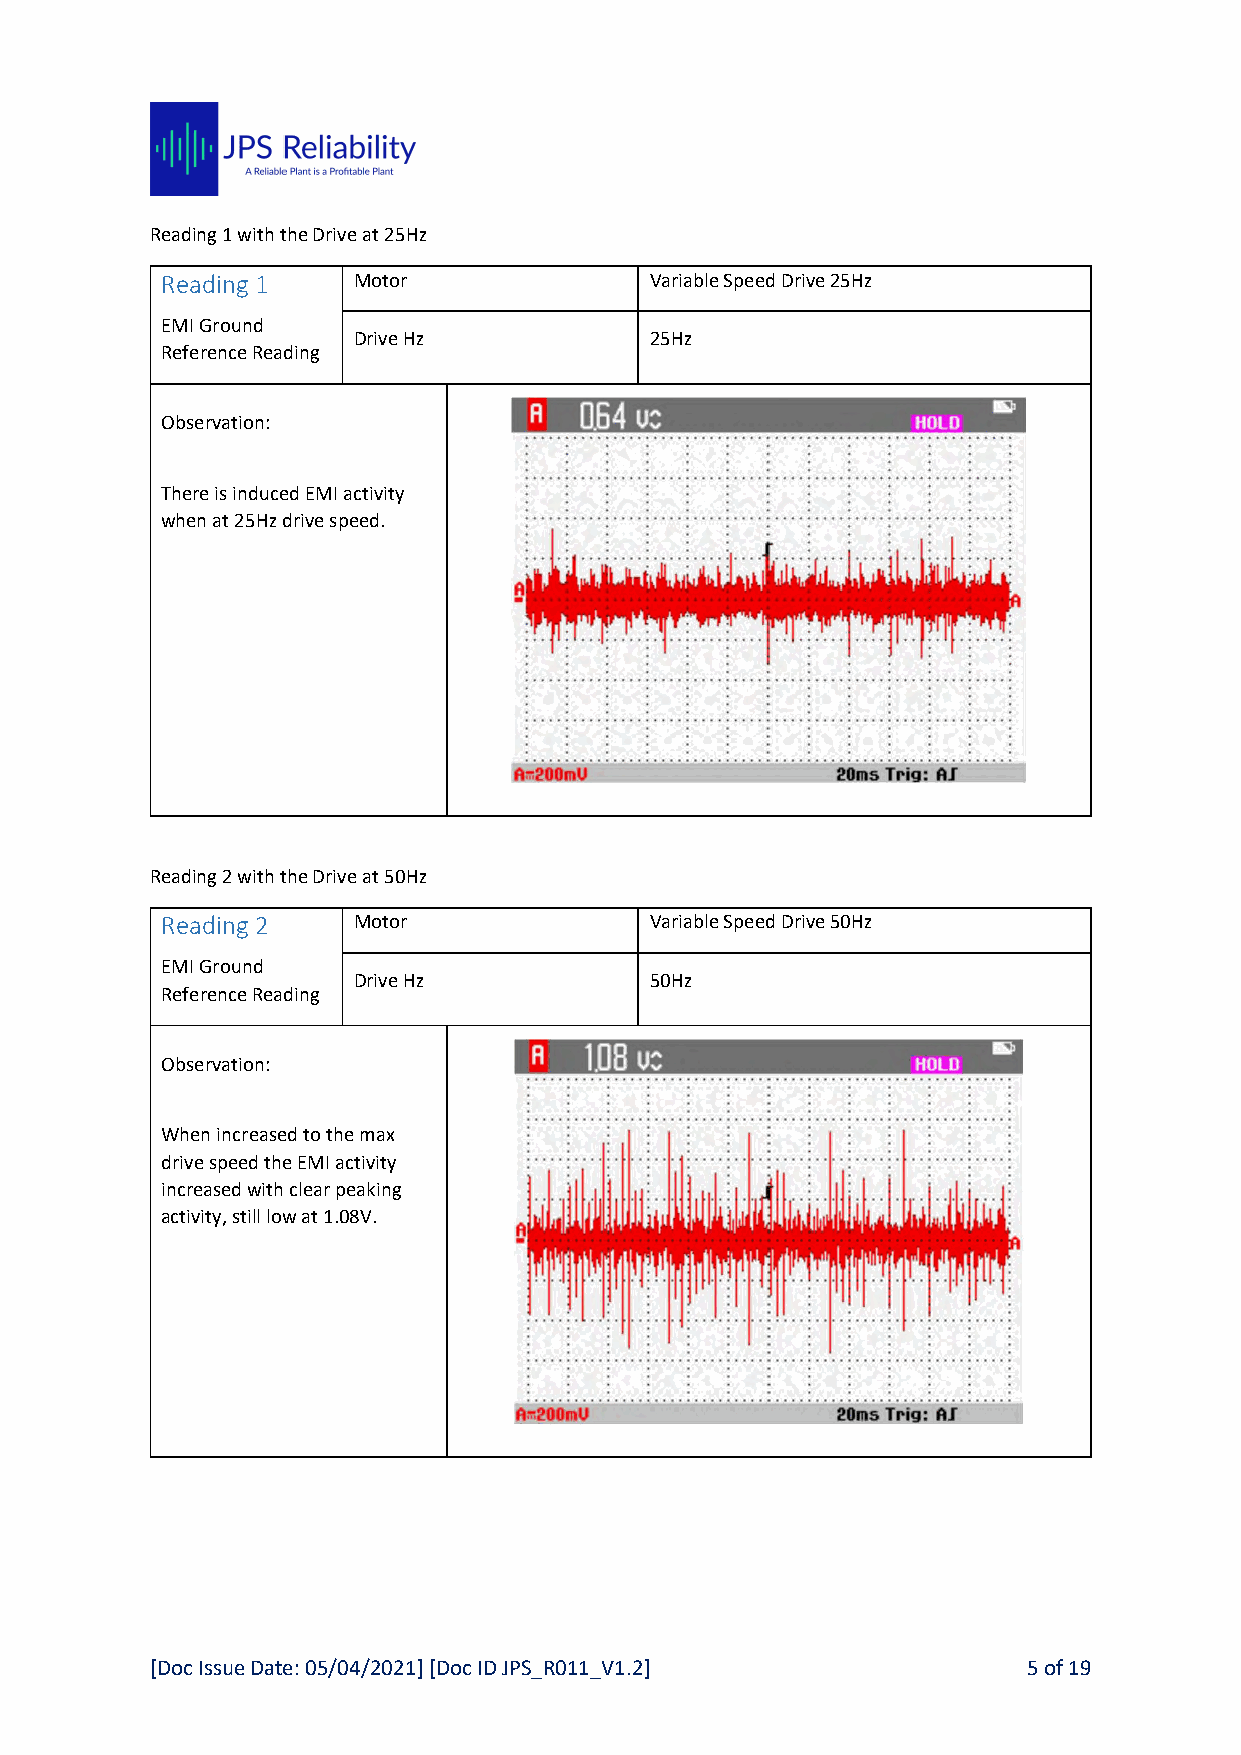
Reading 1 with the Drive at 25Hz
 Reading 1   Motor               Variable Speed Drive 25Hz
 EMI Ground
 Drive Hz            25Hz
 Reference Reading
 Observation:
 There is induced EMI activity
 when at 25Hz drive speed.
 Reading 2 with the Drive at 50Hz
 Reading 2   Motor               Variable Speed Drive 50Hz
 EMI Ground
 Drive Hz            50Hz
 Reference Reading
 Observation:
 When increased to the max
 drive speed the EMI activity
 increased with clear peaking
 activity, still low at 1.08V.
 [Doc Issue Date: 05/04/2021] [Doc ID JPS_R011_V1.2]       5 of 19